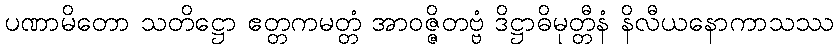
ပဏာမိတော သတိဋ္ဌော ဧတ္တကမတ္တံ အာဝဇ္ဇိတဗ္ဗံ ဒိဋ္ဌာဓိမုတ္တီနံ နိလီယနောကာသဿ